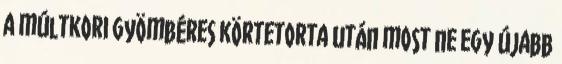
a múltkori gyömbéres körtetorta után most ne egy újabb